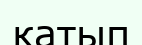
қатып